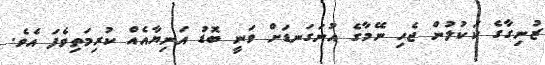
ޒުނިގާގެ ކަކުލުން ޖެހި ނޭމާގެ އުނަގަނޑަށް ވަނީ ބޮޑު އަނިޔާއެއް ކުރިމަތިވެފަ އެވެ.